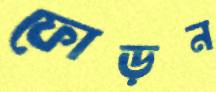
ফোড়ন